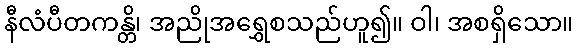
နီလံပီတကန္တိ၊ အညိုအရွှေစသည်ဟူ၍။ ဝါ၊ အစရှိသော။